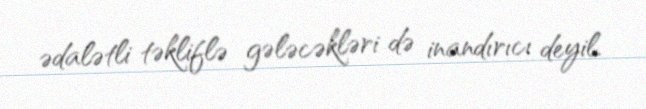
ədalətli təkliflə gələcəkləri də inandırıcı deyil.